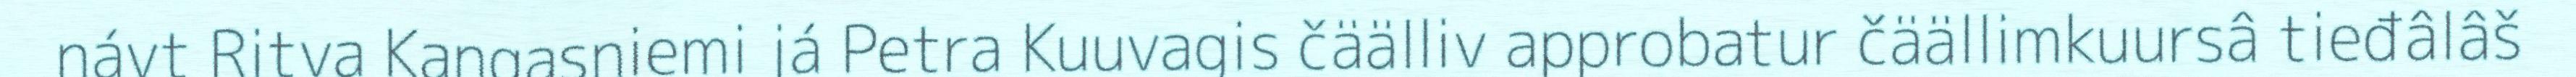
návt Ritva Kangasniemi já Petra Kuuvagis čäälliv approbatur čäällimkuursâ tieđâlâš